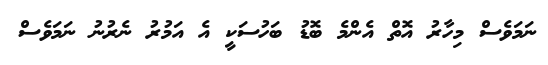
ނަމަވެސް މިހާރު އޮތް އެންމެ ބޮޑު ބަހުސަކީ އެ އަމުރު ނެރުނު ނަމަވެސް